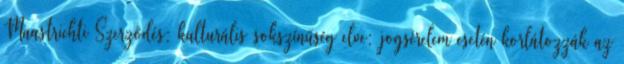
Maastrichti Szerződés: kulturális sokszínűség elve; jogsérelem esetén korlátozzák az